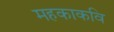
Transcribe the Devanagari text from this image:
महकाकवि